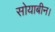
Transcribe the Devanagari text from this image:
सोयाबीन।